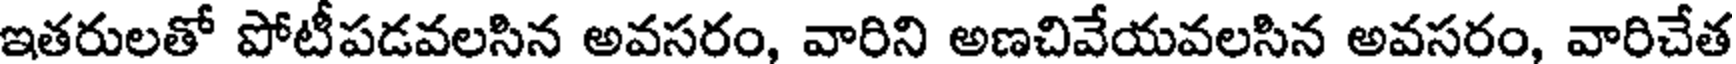
ఇతరులతో పోటీపడవలసిన అవసరం, వారిని అణచివేయవలసిన అవసరం, వారిచేత